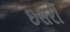
ઇસરી